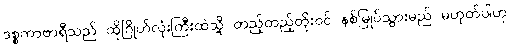
ဒစ္စကာဗာရီသည် ထိုဂြိုဟ်လုံးကြီးထဲသို့ တည့်တည့်တိုးဝင် နစ်မြုပ်သွားမည် မဟုတ်ပါဟု